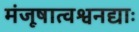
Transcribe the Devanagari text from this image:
मंजूषात्वश्वनद्याः